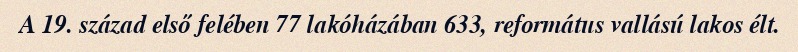
A 19. század első felében 77 lakóházában 633, református vallású lakos élt.